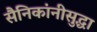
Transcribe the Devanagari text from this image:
सैनिकांनीसुद्धा